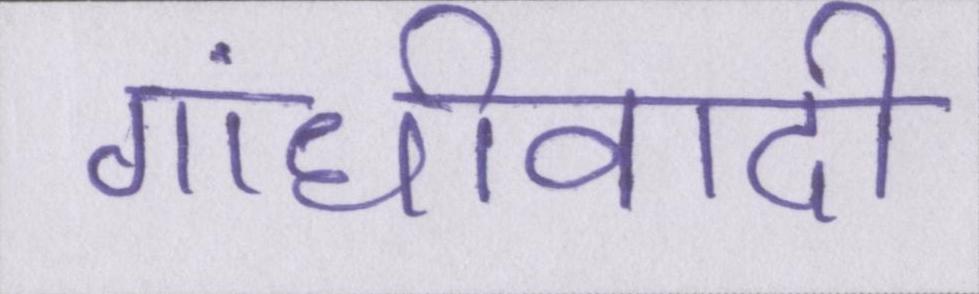
गांधीवादी